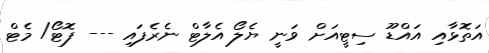
އަތޮޅާއި އައްޑޫ ސިޓީއަށް ވަނީ ޔެލޯ އެލާޓް ނެރެފައި --- ފޮޓޯ/ މެޓް